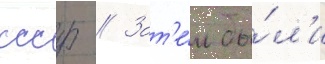
ссср // Зат'е́м бы́л'и